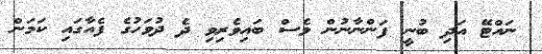
ނައްޓޭ އަދި ބުނީ ފަންނާނުން ވެސް ބައިވެރިވި ދެ ދުވަހުގެ ފެއާގައި ކަމަން